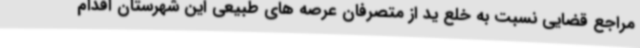
مراجع قضایی نسبت به خلع ید از متصرفان عرصه های طبیعی این شهرستان اقدام